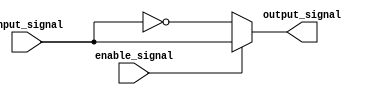
module active_low_buffer (
    input wire input_signal,
    input wire enable_signal,
    output reg output_signal
);

always @ (input_signal, enable_signal)
begin
    if (enable_signal == 1'b0) // When enable signal is low
        output_signal = ~input_signal; // Invert the input signal
    else
        output_signal = input_signal; // Pass through the input signal unchanged
end

endmodule